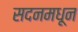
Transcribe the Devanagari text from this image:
सदनमधून